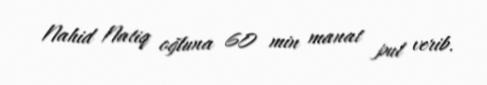
Nahid Natiq oğluna 60 min manat pul verib.